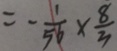
= - \frac { 1 } { 5 6 } \times \frac { 8 } { 3 }